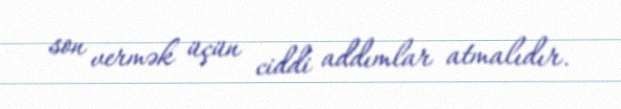
son vermək üçün ciddi addımlar atmalıdır.